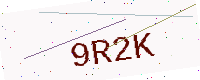
Text: 9R2K